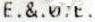
E.&.0.E.